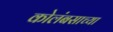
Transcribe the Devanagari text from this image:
कोलंबसाच्या